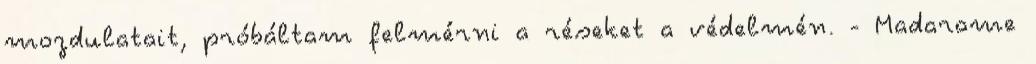
mozdulatait, próbáltam felmérni a réseket a védelmén. - Madarame